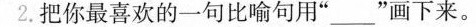
2.把你最喜欢的一句比喻句用”____”画下来。